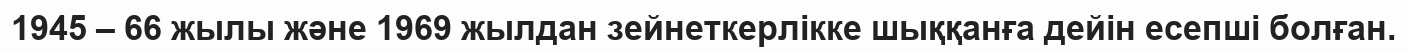
1945 – 66 жылы және 1969 жылдан зейнеткерлікке шыққанға дейін есепші болған.